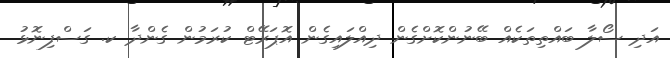
އަދި ސޯލާ ބައްތިތަކެއް ބޭނުންކޮށްގެން ދިއްލައިގެން އޮޕަރޭޓް ކުރަމުން ގެންދާ ކ. ގަސްފިނޮޅު